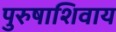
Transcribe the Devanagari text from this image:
पुरुषाशिवाय